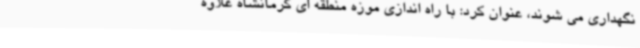
نگهداری می شوند، عنوان کرد: با راه اندازی موزه منطقه ای کرمانشاه علاوه